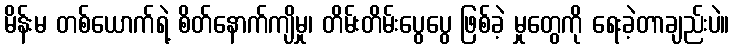
မိန်းမ တစ်ယောက်ရဲ့ စိတ်နောက်ကျိမှု၊ တိမ်းတိမ်းပွေပွေ ဖြစ်ခဲ့ မှုတွေကို ရေးခဲ့တာချည်းပဲ။